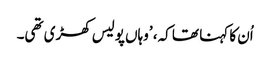
اُن کا کہنا تھا کہ، ’وہاں پولیس کھڑی تھی۔